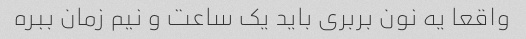
واقعا یه نون بربری باید یک ساعت و نیم زمان ببره